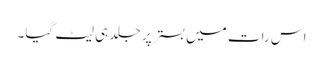
اس رات میں بستر پر جلد ہی لیٹ گیا۔